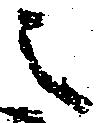
之